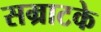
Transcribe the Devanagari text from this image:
सम्राटके